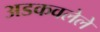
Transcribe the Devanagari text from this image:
अडकवलेले